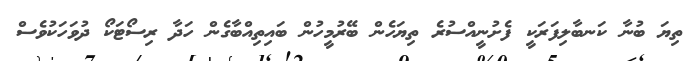
ތިޔަ ބުނާ ކަނބާލިފަރަކީ ފެށުނީއްސުރެ ތިޔަހެން ބޭރުމީހުން ބައިތިއްބާގެން ހަދާ ރިސޯޓަކޯ ދުވަހަކުވެސް